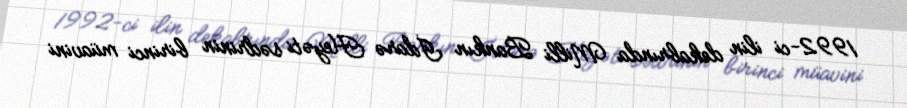
1992-ci ilin dekabrında Milli Bankın İdarə Heyəti sədrinin birinci müavini